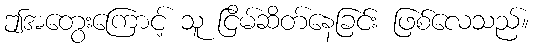
ဤအတွေးကြောင့် သူ ငြိမ်ဆိတ်နေခြင်း ဖြစ်လေသည်။